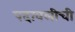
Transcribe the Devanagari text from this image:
पदावलीची